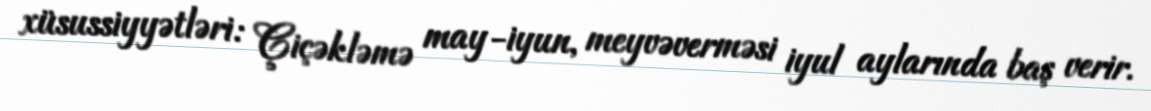
xüsussiyyətləri: Çiçəkləmə may-iyun, meyvəverməsi iyul aylarında baş verir.